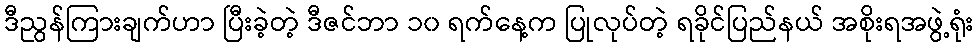
ဒီညွန်ကြားချက်ဟာ ပြီးခဲ့တဲ့ ဒီဇင်ဘာ ၁၀ ရက်နေ့က ပြုလုပ်တဲ့ ရခိုင်ပြည်နယ် အစိုးရအဖွဲ့ရုံး